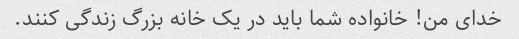
خدای من! خانواده شما باید در یک خانه بزرگ زندگی کنند.